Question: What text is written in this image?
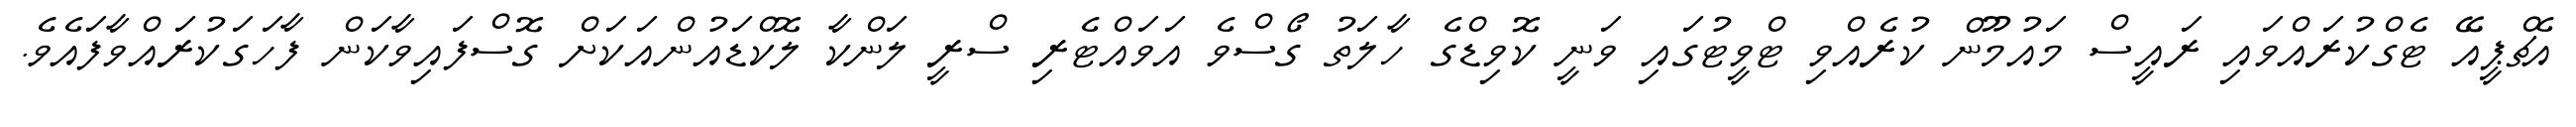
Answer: އެޗްޕީއޭ ޓެގްކުރައްވައި ރައީސް މައުމޫން ކުރެއްވި ޓްވީޓުގައި ވަނީ ކޮވިޑްގެ ހާލަތު ގޯސްވެ އަވައްޓެރި ސްރީ ލަންކާ ލޮކްޑައުންއަކަށް ގޮސްފައިވާކަން ފާހަގަކުރައްވާފައެވެ.